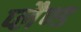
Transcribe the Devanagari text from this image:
प्लैण्ड